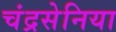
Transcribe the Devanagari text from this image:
चंद्रसेनिया